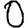
Digit: 0